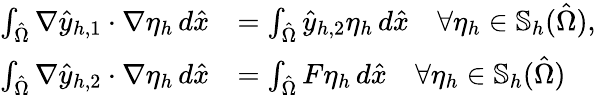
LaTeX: \begin{array}{rl}{\int_{\hat{\Omega}}\nabla\hat{y}_{h,1}\cdot\nabla\eta_{h}\, d\hat{x}}&{=\int_{\hat{\Omega}}\hat{y}_{h,2}\eta_{h}\, d\hat{x}\quad\forall\eta_{h}\in\mathbb{S}_{h}(\hat{\Omega}),}\\ {\int_{\hat{\Omega}}\nabla\hat{y}_{h,2}\cdot\nabla\eta_{h}\, d\hat{x}}&{=\int_{\hat{\Omega}}F\eta_{h}\, d\hat{x}\quad\forall\eta_{h}\in\mathbb{S}_{h}(\hat{\Omega})}\end{array}